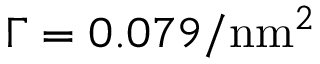
\Gamma = 0 . 0 7 9 / \mathrm { n m } ^ { 2 }